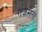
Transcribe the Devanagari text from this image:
गज़स़ता